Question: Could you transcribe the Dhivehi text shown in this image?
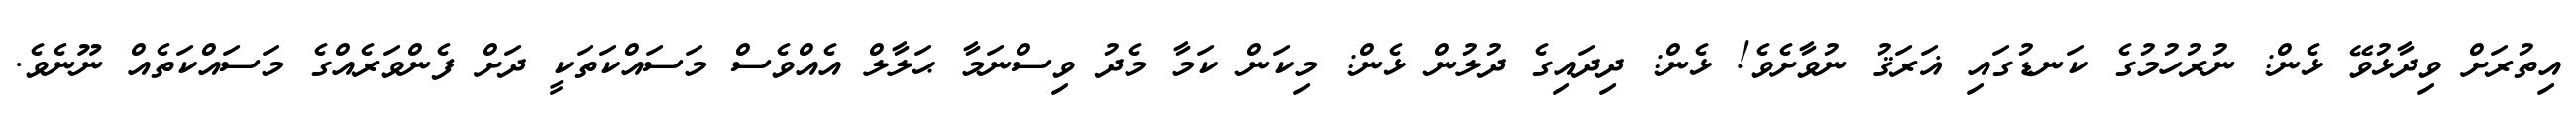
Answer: އިތުރަށް ވިދާޅުވޭ ޅެން: ނުރުހުމުގެ ކަނޑުގައި ޣަރަޤު ނުވާށެވެ! ޅެން: ދިދައިގެ ދުލުން ޅެން: މިކަން ކަމާ މެދު ވިސްނަމާ ޙަލާލް އެއްވެސް މަސައްކަތަކީ ދަށް ފެންވަރެއްގެ މަސައްކަތެއް ނޫނެވެ.